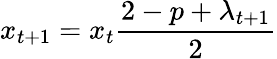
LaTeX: x_{t+1}=x_{t}{\frac{2-p+\lambda_{t+1}}{2}}